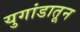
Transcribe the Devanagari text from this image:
युगांडातून